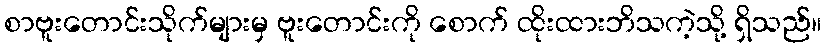
စာဗူးတောင်းသိုက်များမှ ဗူးတောင်းကို စောက် ထိုးထားဘိသကဲ့သို့ ရှိသည်။